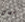
سماد